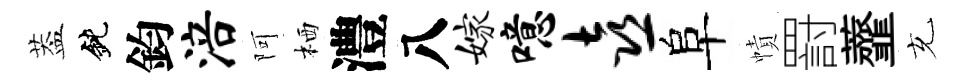
葢鈍鈞涪阿栖澧八嫁噫喜阜幘罸虀充